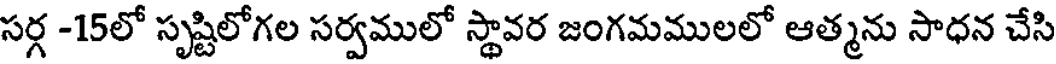
సర్గ -15లో సృష్టిలోగల సర్వములో స్థావర జంగమములలో ఆత్మను సాధన చేసి